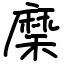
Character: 穈